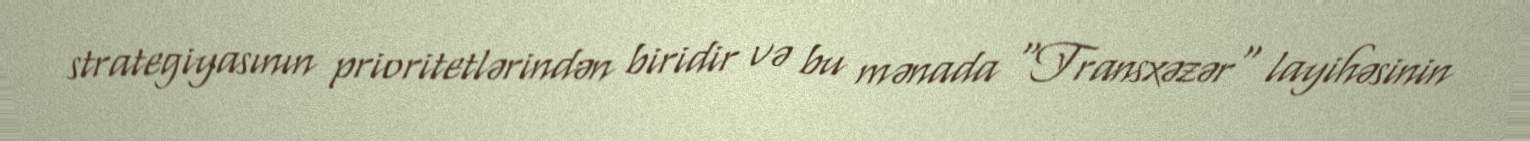
strategiyasının prioritetlərindən biridir və bu mənada "Transxəzər" layihəsinin